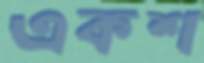
একশ